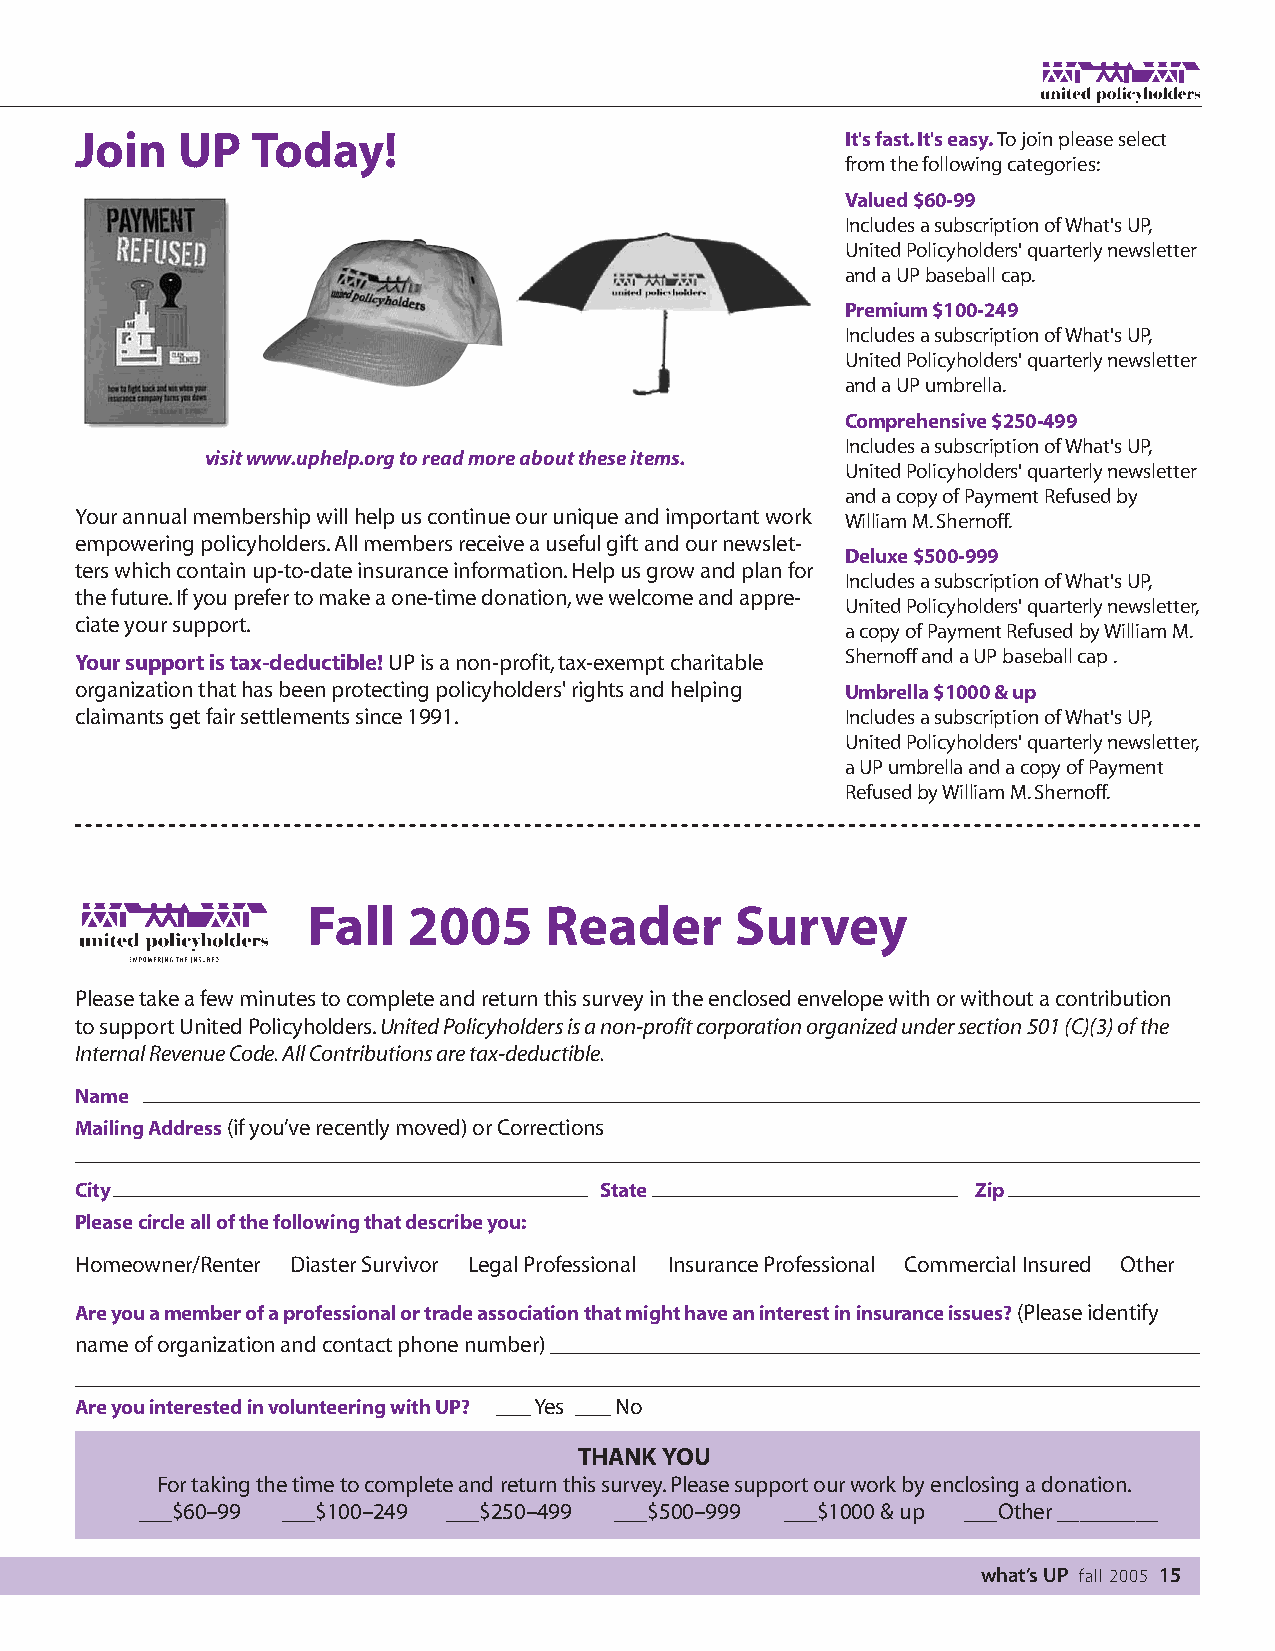
Join   UP   Today!                                 It's fast.It's easy.To join please select
 from the following categories:
 Valued $60-99
 Includes a subscription of What's UP,
 United Policyholders' quarterly newsletter
 and a UP baseball cap.
 Premium $100-249
 Includes a subscription of What's UP,
 United Policyholders' quarterly newsletter
 and a UP umbrella.
 Comprehensive $250-499
 Includes a subscription of What's UP,
 visit www.uphelp.org to read more about these items.
 United Policyholders' quarterly newsletter
 and a copy of Payment Refused by
 Your annual membership will help us continue our unique and important work William M.Shernoff.
 empowering policyholders.All members receive a useful gift and our newslet-
 Deluxe $500-999
 ters which contain up-to-date insurance information.Help us grow and plan for
 Includes a subscription of What's UP,
 the future.If you prefer to make a one-time donation,we welcome and appre-
 United Policyholders' quarterly newsletter,
 ciate your support.
 a copy of Payment Refused by William M.
 Your support is tax-deductible!UP is a non-profit,tax-exempt charitable Shernoff and a UP baseball cap .
 organization that has been protecting policyholders' rights and helping Umbrella $1000 & up
 claimants get fair settlements since 1991.         Includes a subscription of What's UP,
 United Policyholders' quarterly newsletter,
 a UP umbrella and a copy of Payment
 Refused by William M.Shernoff.
 Fall   2005     Reader       Survey
 Please take a few minutes to complete and return this survey in the enclosed envelope with or without a contribution
 to support United Policyholders.United Policyholders is a non-profit corporation organized under section 501 (C)(3) of the
 Internal Revenue Code.All Contributions are tax-deductible.
 Name
 Mailing Address(if you’ve recently moved) or Corrections
 City                               State                    Zip
 Please circle all of the following that describe you:
 Homeowner/Renter Diaster Survivor Legal Professional Insurance Professional Commercial Insured Other
 Are you a member of a professional or trade association that might have an interest in insurance issues?(Please identify
 name of organization and contact phone number)
 Are you interested in volunteering with UP? Yes No
 THANKYOU
 For taking the time to complete and return this survey.Please support our work by enclosing a donation.
 ___$60–99 ___$100–249 ___$250–499 ___$500–999 ___$1000 & up ___Other _________
 what’s UP fall 2005 15